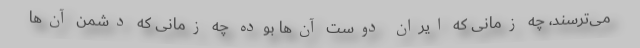
می‌ترسند، چه زمانی که ایران دوست آن‌ها بوده چه زمانی که دشمن آن‌ها